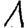
Digit: 1